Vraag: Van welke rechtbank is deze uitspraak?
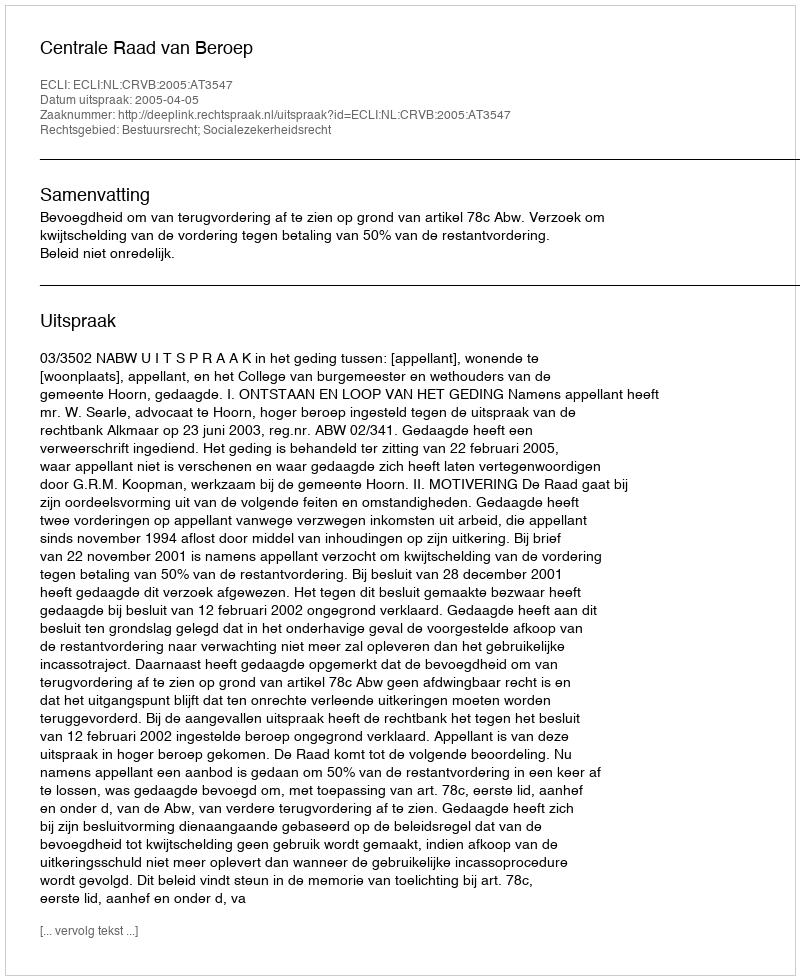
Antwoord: Centrale Raad van Beroep